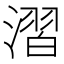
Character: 漝